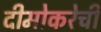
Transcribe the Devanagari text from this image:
दीमोकरेची